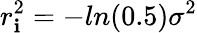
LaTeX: r_{\mathbf{i}}^{2}=-ln(0.5)\sigma^{2}